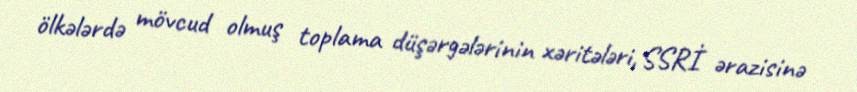
ölkələrdə mövcud olmuş toplama düşərgələrinin xəritələri, SSRİ ərazisinə